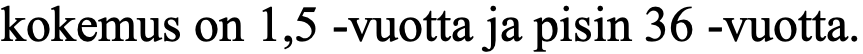
kokemus on 1,5 -vuotta ja pisin 36 -vuotta.